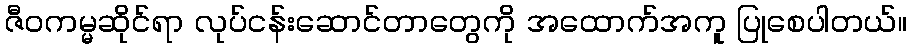
ဇီဝကမ္မဆိုင်ရာ လုပ်ငန်းဆောင်တာတွေကို အထောက်အကူ ပြုစေပါတယ်။